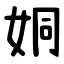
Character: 姛